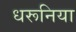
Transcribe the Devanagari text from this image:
धरूनिया